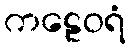
ကဠေဝရံ